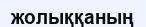
жолыққаның